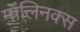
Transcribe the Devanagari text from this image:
मॉलिनक्स